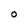
Character: O